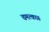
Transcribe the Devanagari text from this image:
चमत्कारू